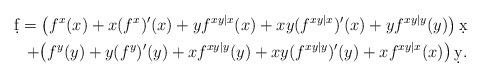
LaTeX: \begin{align*}\d f= \big(f^x(x)+x(f^x)'(x)+ yf^{xy|x}(x) +xy(f^{xy|x})'(x) +yf^{xy|y}(y)\big)\,\d x\\+ \big(f^y(y)+y(f^y)'(y)+ xf^{xy|y}(y) +xy(f^{xy|y})'(y) +xf^{xy|x}(x)\big)\,\d y.\end{align*}